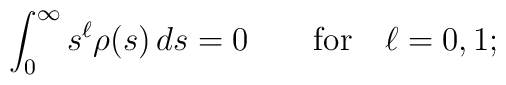
\int_0^\infty s^\ell \rho(s)\, ds = 0 \qquad\hbox{for}\quad \ell = 0, 1;